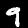
Digit: 9